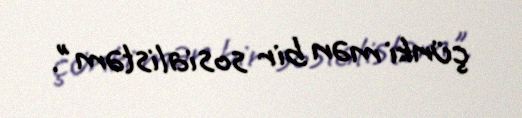
çünki mən bir sosialistəm".